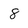
Character: 8